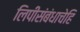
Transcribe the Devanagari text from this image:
लिपीसंबंधाचेहि